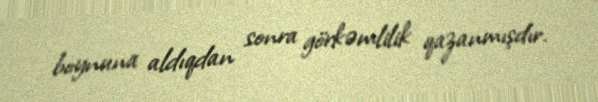
boynuna aldıqdan sonra görkəmlilik qazanmışdır.